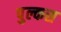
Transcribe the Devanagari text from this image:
पुल्कस